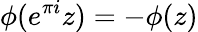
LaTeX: \phi(e^{\pi i}z)=-\phi(z)